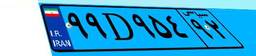
۹۹D۹۵۴۹۲